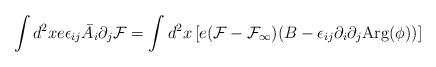
LaTeX: \begin{align*}\int d^2x e\epsilon_{i j}\bar A_i\partial_j {\cal F}=\int d^2x \left[e({\cal F}-{\cal F_\infty})(B-\epsilon_{i j} \partial_i\partial_j{\rm Arg}(\phi))\right] \end{align*}